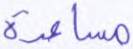
مساعدة